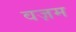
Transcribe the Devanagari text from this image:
वज़म